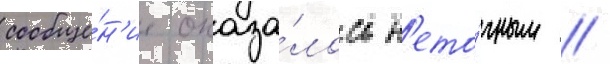
сообще́н'ие оказа́лось н'ето́чным //